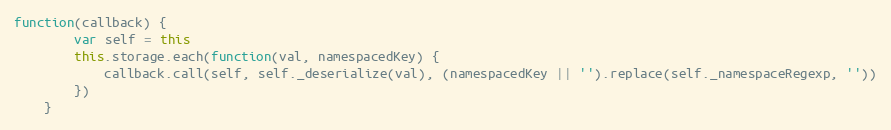
Language: JavaScript
function(callback) {
		var self = this
		this.storage.each(function(val, namespacedKey) {
			callback.call(self, self._deserialize(val), (namespacedKey || '').replace(self._namespaceRegexp, ''))
		})
	}